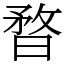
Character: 暓